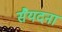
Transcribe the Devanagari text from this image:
सैयदना